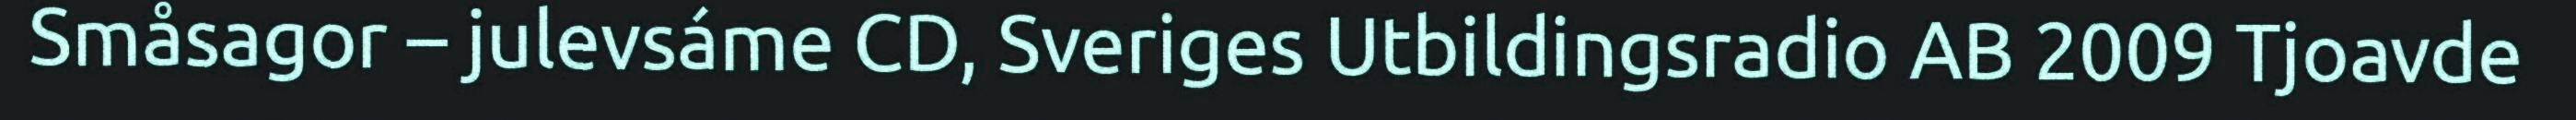
Småsagor – julevsáme CD, Sveriges Utbildingsradio AB 2009 Tjoavde